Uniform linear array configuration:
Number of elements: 8
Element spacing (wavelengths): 1
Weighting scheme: binomial
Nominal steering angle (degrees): -60
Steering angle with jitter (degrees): -59.787
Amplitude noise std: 0.05
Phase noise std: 0.05

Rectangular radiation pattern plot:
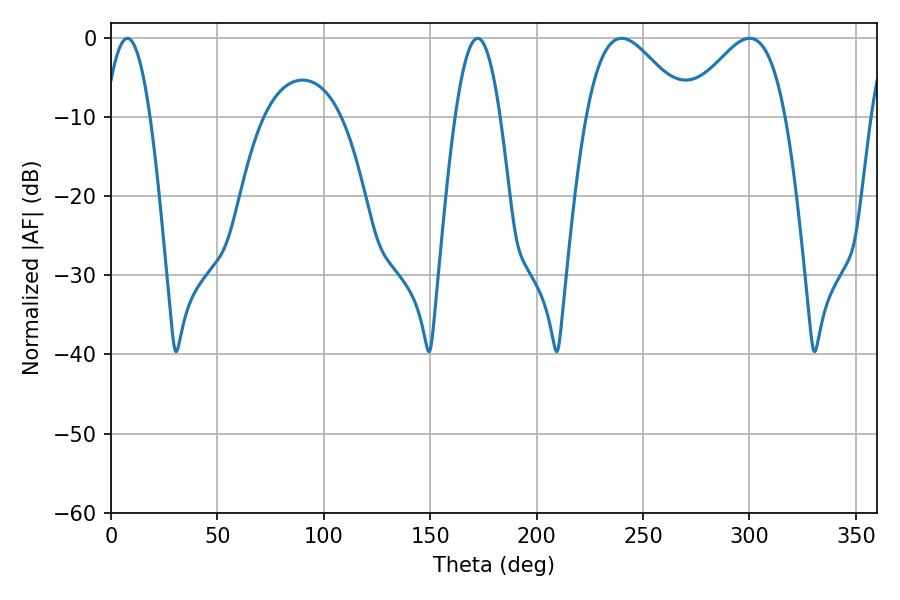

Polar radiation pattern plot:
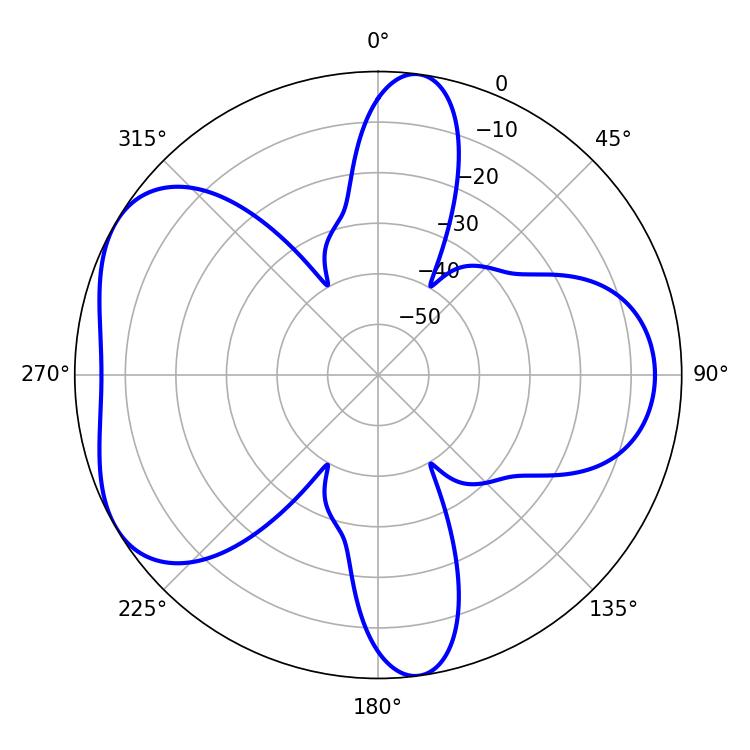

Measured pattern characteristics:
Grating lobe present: TRUE
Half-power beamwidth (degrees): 25.2
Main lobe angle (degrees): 300.06